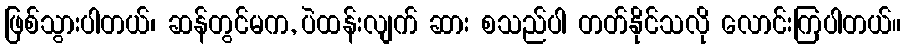
ဖြစ်သွားပါတယ်၊ ဆန်တွင်မက, ပဲထန်းလျက် ဆား စသည်ပါ တတ်နိုင်သလို လောင်းကြပါတယ်။